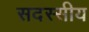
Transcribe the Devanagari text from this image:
सदस्सीय